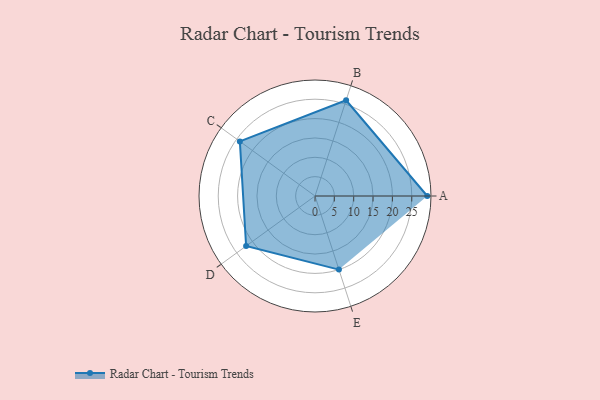
{"axis": {"x": "Skill", "y": "Score"}, "legend": ["Profile"], "data": [{"x": "A", "y": 29.0, "type": "Profile"}, {"x": "B", "y": 26.0, "type": "Profile"}, {"x": "C", "y": 24.0, "type": "Profile"}, {"x": "D", "y": 22.0, "type": "Profile"}, {"x": "E", "y": 20, "type": "Profile"}]}